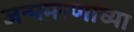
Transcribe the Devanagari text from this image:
जन्ममरणांच्या